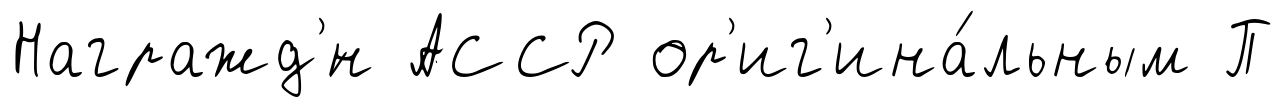
Награжд'́н АССР ор'иг'ина́льным П